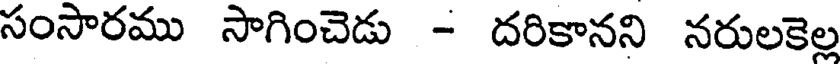
సంసారము సాగించెడు - దరికానని నరులకెల్ల